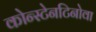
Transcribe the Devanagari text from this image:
कोन्स्टेनटिनोवा